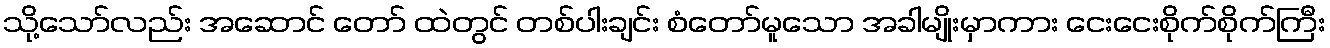
သို့သော်လည်း အဆောင် တော် ထဲတွင် တစ်ပါးချင်း စံတော်မူသော အခါမျိုးမှာကား ငေးငေးစိုက်စိုက်ကြီး